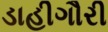
ડાહીગૌરી